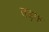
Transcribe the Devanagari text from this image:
तड़फ